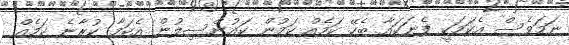
ނަމަވެސް އެކަމަކީ ފެނަކައާ ބެހޭ ކަމެއް ކަމުން ކައުންސިލުން އެކަމާ ކުރާނެ ކަމެއް